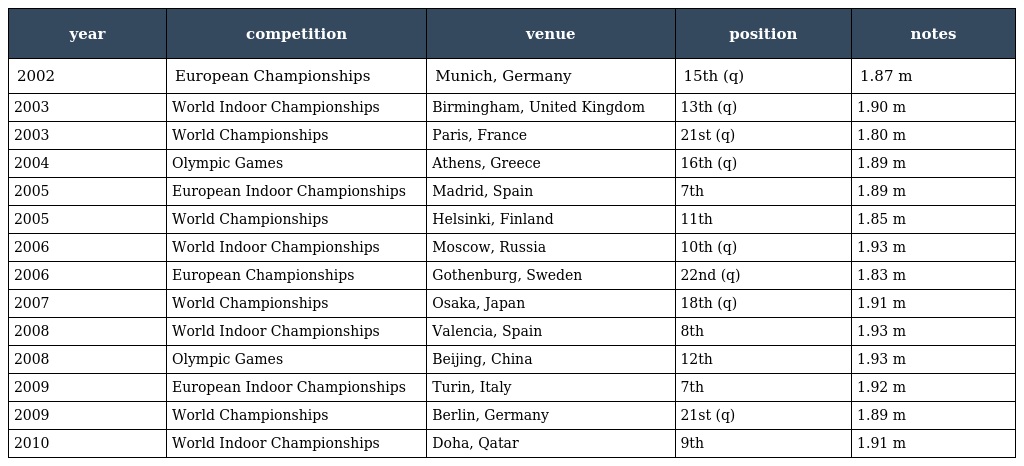
| year | competition | venue | position | notes |
 | --- | --- | --- | --- | --- |
 | 2002 | European Championships | Munich, Germany | 15th (q) | 1.87 m |
 | 2003 | World Indoor Championships | Birmingham, United Kingdom | 13th (q) | 1.90 m |
 | 2003 | World Championships | Paris, France | 21st (q) | 1.80 m |
 | 2004 | Olympic Games | Athens, Greece | 16th (q) | 1.89 m |
 | 2005 | European Indoor Championships | Madrid, Spain | 7th | 1.89 m |
 | 2005 | World Championships | Helsinki, Finland | 11th | 1.85 m |
 | 2006 | World Indoor Championships | Moscow, Russia | 10th (q) | 1.93 m |
 | 2006 | European Championships | Gothenburg, Sweden | 22nd (q) | 1.83 m |
 | 2007 | World Championships | Osaka, Japan | 18th (q) | 1.91 m |
 | 2008 | World Indoor Championships | Valencia, Spain | 8th | 1.93 m |
 | 2008 | Olympic Games | Beijing, China | 12th | 1.93 m |
 | 2009 | European Indoor Championships | Turin, Italy | 7th | 1.92 m |
 | 2009 | World Championships | Berlin, Germany | 21st (q) | 1.89 m |
 | 2010 | World Indoor Championships | Doha, Qatar | 9th | 1.91 m |